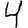
Digit: 4